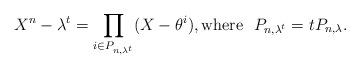
LaTeX: \begin{align*} X^n-\lambda^t=\prod_{i\in P_{n,\lambda^t}}(X-\theta^i), \mbox{where}~~P_{n,\lambda^t}=tP_{n,\lambda}.\end{align*}